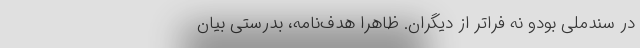
در سندملی بودو نه فراتر از دیگران. ظاهراً هدفِ‌نامه‌، بدرستی بیان